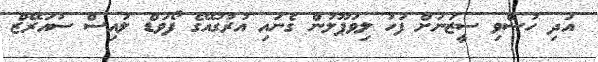
އަދި ހުސްވި ސީޒަނަށް ފަހު ލިވަޕޫލުން ގެނައި އުރުގުއޭގެ ފޯވަޑް ލުއިސް ސުއަރޭޒް